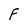
Character: F